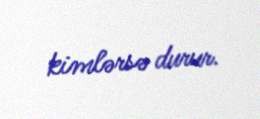
kimlərsə durur.